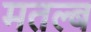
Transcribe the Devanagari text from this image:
मतल्ब